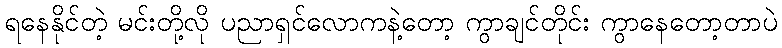
ရနေနိုင်တဲ့ မင်းတို့လို ပညာရှင်လောကနဲ့တော့ ကွာချင်တိုင်း ကွာနေတော့တာပဲ